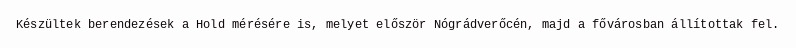
Készültek berendezések a Hold mérésére is, melyet először Nógrádverőcén, majd a fővárosban állítottak fel.